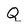
Character: Q